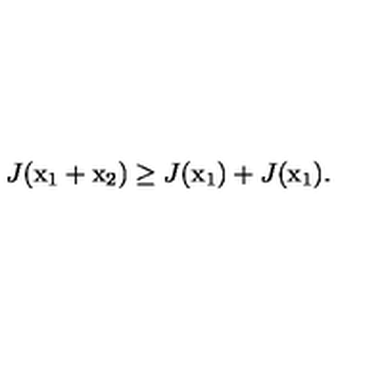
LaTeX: J ( \mathrm { \boldmath x _ 1 } + \mathrm { \boldmath x _ 2 } ) \ge J ( \mathrm { \boldmath x _ 1 } ) + J ( \mathrm { \boldmath x _ 1 } ) .